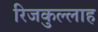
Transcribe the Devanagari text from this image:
रिजकुल्लाह